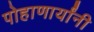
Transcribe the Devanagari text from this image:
पोहाणार्यांनी